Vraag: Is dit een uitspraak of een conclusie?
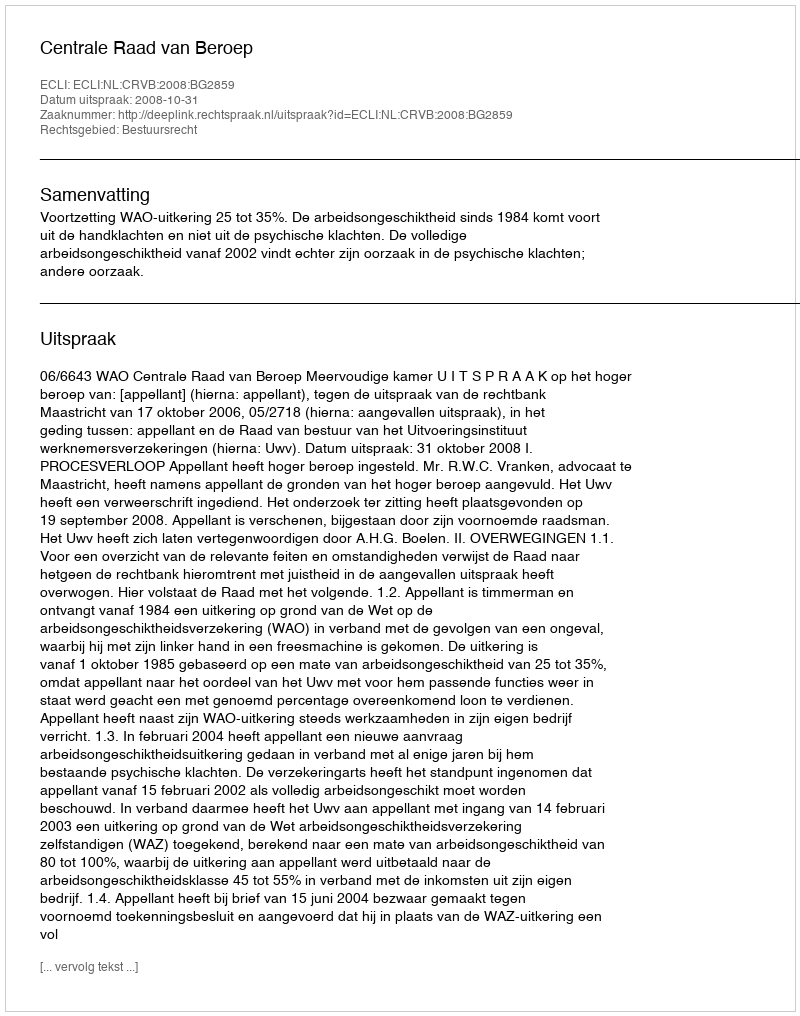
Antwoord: Uitspraak